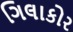
ગિલાકોર